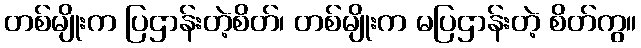
တစ်မျိုးက ပြဌာန်းတဲ့စိတ်၊ တစ်မျိုးက မပြဌာန်းတဲ့ စိတ်ကွ။